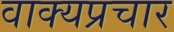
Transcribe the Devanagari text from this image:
वाक्यप्रचार